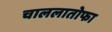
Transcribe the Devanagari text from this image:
चाललातोफा